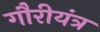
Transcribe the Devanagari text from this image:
गौरीयंत्र